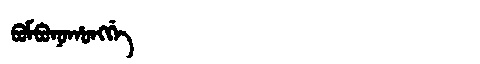
Manchu: ᠪᠣᠮᠪᠣᠨᠣᡥᠣᠩᡤᡝ
Romanization: BOMBONOHONGGE